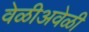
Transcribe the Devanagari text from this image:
वेळीअवेळी